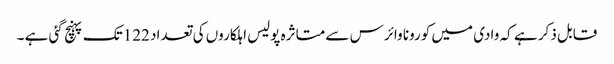
قابل ذکر ہے کہ وادی میں کورونا وائرس سے متاثرہ پولیس اہلکاروں کی تعداد 122تک پہنچ گئی ہے ۔